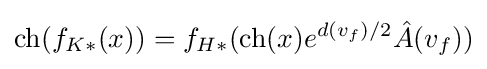
\mathrm {ch} (f_{K*}(x))=f_{H*}(\mathrm {ch} (x)e^{d(v_{f})/2}{\hat {A}}(v_{f}))